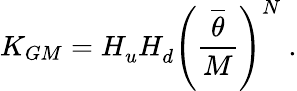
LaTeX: K_{GM}=H_{u}^{}H_{d}^{}\left({\frac{\overline{{\theta}}}{M}}\right)^{N}\ .